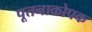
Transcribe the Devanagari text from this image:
पूतनाकोपक